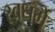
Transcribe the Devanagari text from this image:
स्वधर्मे